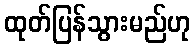
ထုတ်ပြန်သွားမည်ဟု